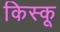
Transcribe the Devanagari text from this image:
किस्‍कू